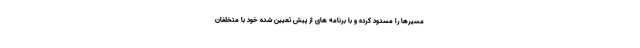
مسیرها را مسدود کرده و با برنامه های از پیش تعیین شده خود با متخلفان